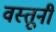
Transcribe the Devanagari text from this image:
वस्तूनी